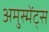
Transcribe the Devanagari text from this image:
अमुस्मेंट्स